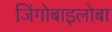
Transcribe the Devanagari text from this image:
जिंगोबाइलोबा